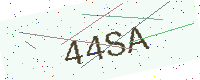
Text: 44SA